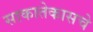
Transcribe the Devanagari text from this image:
साकातेकासचे